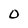
Character: 0